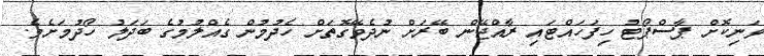
ވަނިކޮށް ޕާސްޕޯޓު ހިފަހައްޓައި ރާއްޖޭން ބޭރަށް ނުދެވޭގޮތަށް ހެދުމުން ގެއްލުމުގެ ބަދަލު ހޯދުމަށެވެ.